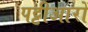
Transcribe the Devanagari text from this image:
पट्टीआरों